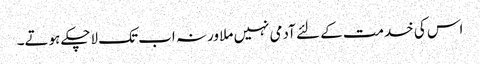
اس کی خدمت کے لئے آدمی نہیں ملا ورنہ اب تک لاچکے ہوتے۔